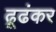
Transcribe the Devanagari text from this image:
ढूढंकर